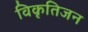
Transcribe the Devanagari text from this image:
विकृतिजन